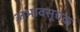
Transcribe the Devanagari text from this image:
अभावसूचक